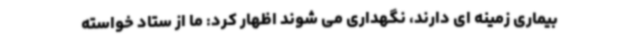
بیماری زمینه ای دارند، نگهداری می شوند اظهار کرد: ما از ستاد خواسته